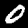
Label: 0